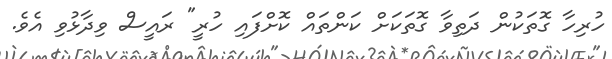
ހުރިހާ ގޮތަކުން ދަތިވާ ގޮތަކަށް ކަންތައް ކޮށްފައި ހުރީ" ރައީސް ވިދާޅުވި އެވެ.